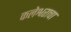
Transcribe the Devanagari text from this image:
कलेश्वराचा